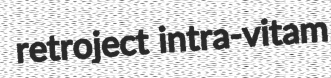
retroject intra-vitam